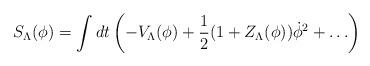
LaTeX: \begin{align*}S_{\Lambda}(\phi)=\int dt \left ( - V_{\Lambda}(\phi) + {1\over 2}(1+Z_{\Lambda}(\phi ))\dot\phi^2 + \ldots \right)\end{align*}